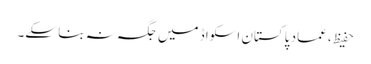
حفیظ، عماد پاکستان اسکواڈ میں جگہ نہ بنا سکے۔